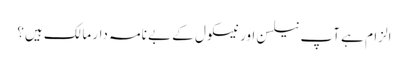
الزام ہے آپ نیلسن اور نیسکول کے بے نامہ دار مالک ہیں؟